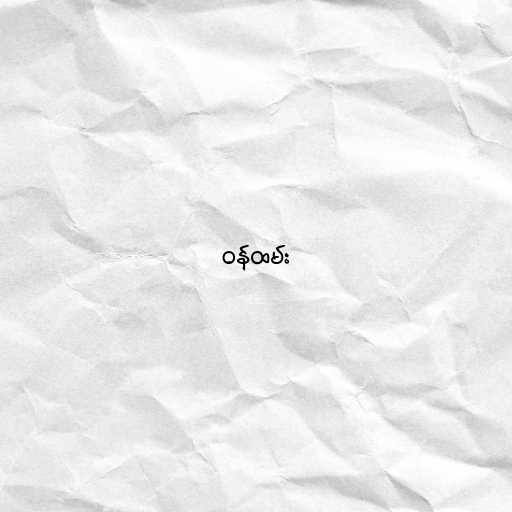
ဝန်ထမ်း